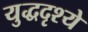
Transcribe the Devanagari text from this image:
युद्धदृश्ये